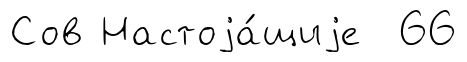
Сов Настоjа́щиjе 66